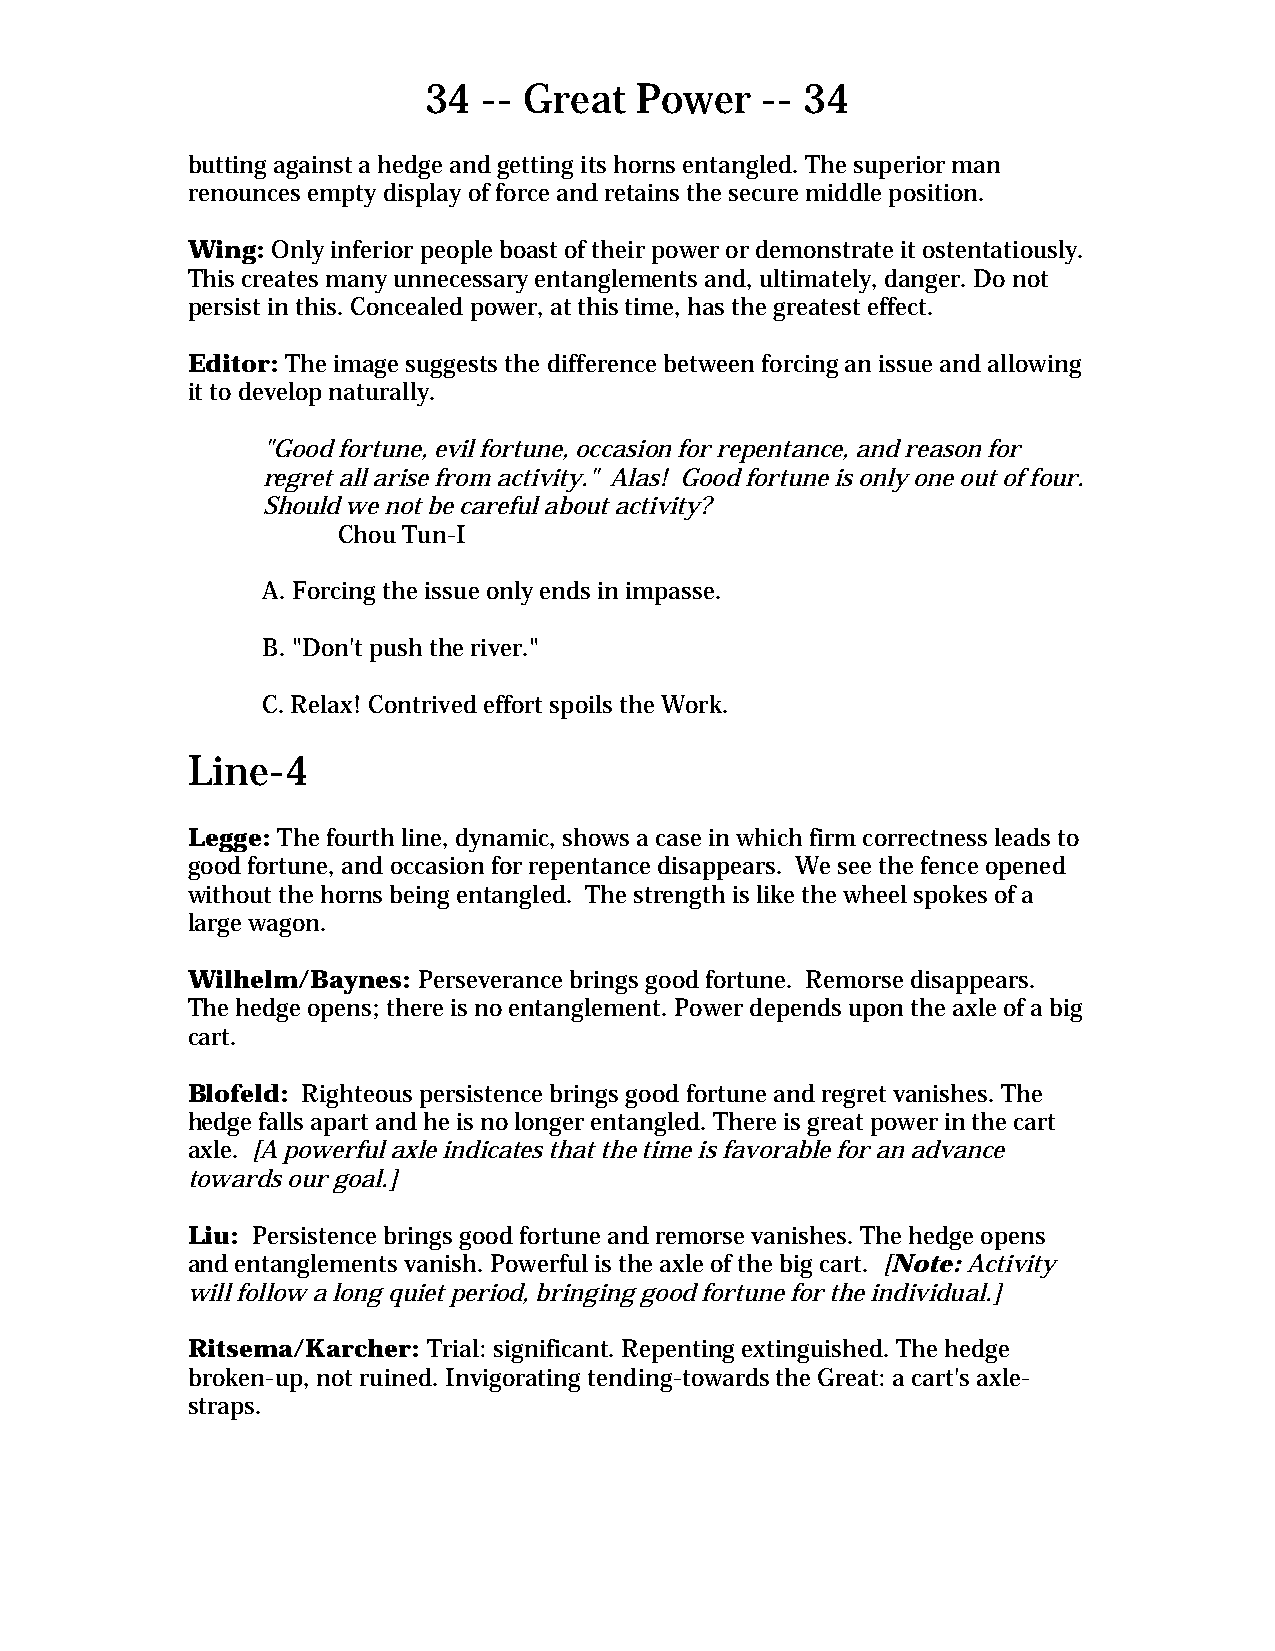
34  -- Great  Power   -- 34
 butting against a hedge and getting its horns entangled. The superior man
 renounces empty display of force and retains the secure middle position.
 Wing: Only inferior people boast of their power or demonstrate it ostentatiously.
 This creates many unnecessary entanglements and, ultimately, danger. Do not
 persist in this. Concealed power, at this time, has the greatest effect.
 Editor: The image suggests the difference between forcing an issue and allowing
 it to develop naturally.
 "Good fortune, evil fortune, occasion for repentance, and reason for
 regret all arise from activity." Alas! Good fortune is only one out of four.
 Should we not be careful about activity?
 Chou Tun-I
 A. Forcing the issue only ends in impasse.
 B. "Don't push the river."
 C. Relax! Contrived effort spoils the Work.
 Line-4
 Legge: The fourth line, dynamic, shows a case in which firm correctness leads to
 good fortune, and occasion for repentance disappears. We see the fence opened
 without the horns being entangled. The strength is like the wheel spokes of a
 large wagon.
 Wilhelm/Baynes: Perseverance brings good fortune. Remorse disappears.
 The hedge opens; there is no entanglement. Power depends upon the axle of a big
 cart.
 Blofeld: Righteous persistence brings good fortune and regret vanishes. The
 hedge falls apart and he is no longer entangled. There is great power in the cart
 axle. [A powerful axle indicates that the time is favorable for an advance
 towards our goal.]
 Liu: Persistence brings good fortune and remorse vanishes. The hedge opens
 and entanglements vanish. Powerful is the axle of the big cart. [Note: Activity
 will follow a long quiet period, bringing good fortune for the individual.]
 Ritsema/Karcher: Trial: significant. Repenting extinguished. The hedge
 broken-up, not ruined. Invigorating tending-towards the Great: a cart's axle-
 straps.